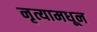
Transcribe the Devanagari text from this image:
नृत्यामधून